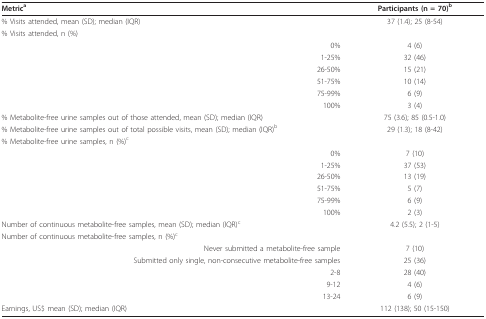
<table><thead><tr><td><b>Metric<sup>a</sup></b></td><td><b>Participants (n = 70)<sup>b</sup></b></td></tr></thead><tbody><tr><td>% Visits attended, mean (SD); median (IQR)</td><td>37 (1.4); 25 (8-54)</td></tr><tr><td>% Visits attended, n (%)</td><td></td></tr><tr><td>0%</td><td>4 (6)</td></tr><tr><td>1-25%</td><td>32 (46)</td></tr><tr><td>26-50%</td><td>15 (21)</td></tr><tr><td>51-75%</td><td>10 (14)</td></tr><tr><td>75-99%</td><td>6 (9)</td></tr><tr><td>100%</td><td>3 (4)</td></tr><tr><td>% Metabolite-free urine samples out of those attended, mean (SD); median (IQR)</td><td>75 (3.6); 85 (0.5-1.0)</td></tr><tr><td>% Metabolite-free urine samples out of total possible visits, mean (SD); median (IQR)<sup>b</sup></td><td>29 (1.3); 18 (8-42)</td></tr><tr><td>% Metabolite-free urine samples, n (%)<sup>c</sup></td><td></td></tr><tr><td>0%</td><td>7 (10)</td></tr><tr><td>1-25%</td><td>37 (53)</td></tr><tr><td>26-50%</td><td>13 (19)</td></tr><tr><td>51-75%</td><td>5 (7)</td></tr><tr><td>75-99%</td><td>6 (9)</td></tr><tr><td>100%</td><td>2 (3)</td></tr><tr><td>Number of continuous metabolite-free samples, mean (SD); median (IQR)<sup>c</sup></td><td>4.2 (5.5); 2 (1-5)</td></tr><tr><td>Number of continuous metabolite-free samples, n (%)<sup>c</sup></td><td></td></tr><tr><td>Never submitted a metabolite-free sample</td><td>7 (10)</td></tr><tr><td>Submitted only single, non-consecutive metabolite-free samples</td><td>25 (36)</td></tr><tr><td>2-8</td><td>28 (40)</td></tr><tr><td>9-12</td><td>4 (6)</td></tr><tr><td>13-24</td><td>6 (9)</td></tr><tr><td>Earnings, US$ mean (SD); median (IQR)</td><td>112 (138); 50 (15-150)</td></tr></tbody></table>